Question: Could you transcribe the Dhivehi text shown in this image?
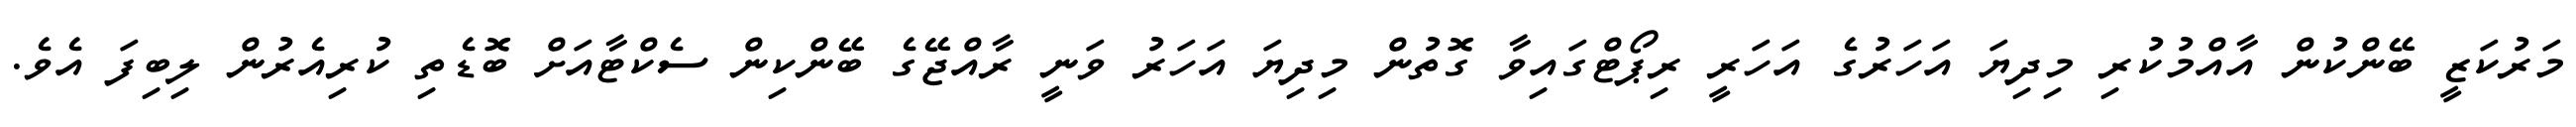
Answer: މަރުކަޒީ ބޭންކުން އާއްމުކުރި މިދިޔަ އަހަރުގެ އަހަރީ ރިޕޯޓްގައިވާ ގޮތުން މިދިޔަ އަހަރު ވަނީ ރާއްޖޭގެ ބޭންކިން ސެކްޓާއަށް ބޮޑެތި ކުރިއެރުން ލިބިފަ އެވެ.